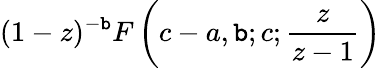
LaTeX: (1-z)^{-\mathtt{b}}F\left(c-a,\mathtt{b};c;{\frac{{z}}{{z-1}}}\right)